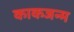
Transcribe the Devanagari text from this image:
काकजन्म